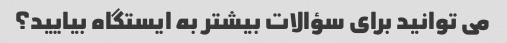
می توانید برای سؤالات بیشتر به ایستگاه بیایید؟